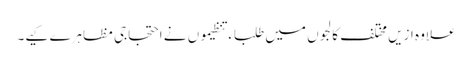
علاوہ ازیں مختلف کالجوں میں طلباء تنظیموں نے احتجاجی مظاہرے کیے۔